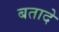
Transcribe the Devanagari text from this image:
बतादें